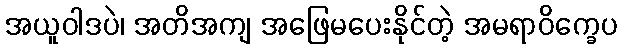
အယူဝါဒပဲ၊ အတိအကျ အဖြေမပေးနိုင်တဲ့ အမရာဝိက္ခေပ